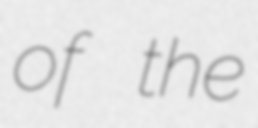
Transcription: of the